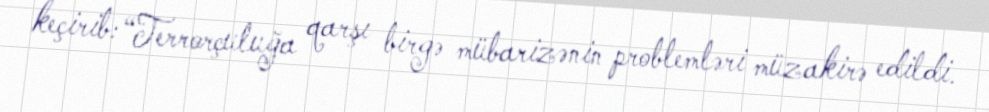
keçirib: “Terrorçuluğa qarşı birgə mübarizənin problemləri müzakirə edildi.